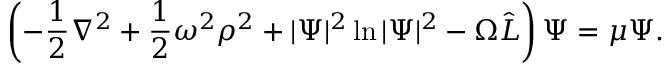
\left( - \frac 1 2 \nabla ^ { 2 } + \frac 1 2 \omega ^ { 2 } \rho ^ { 2 } + | \Psi | ^ { 2 } \ln | \Psi | ^ { 2 } - \Omega { \hat { L } } \right) \Psi = \mu \Psi .